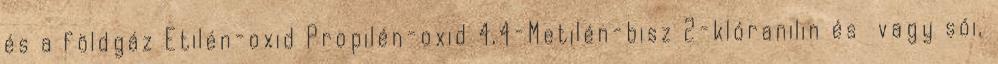
és a földgáz Etilén-oxid Propilén-oxid 4,4-Metilén-bisz 2-klóranilin és vagy sói,